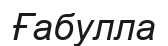
Ғабулла